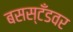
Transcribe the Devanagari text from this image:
बसस्टँडवर